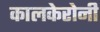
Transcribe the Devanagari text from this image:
कालकेरोनी